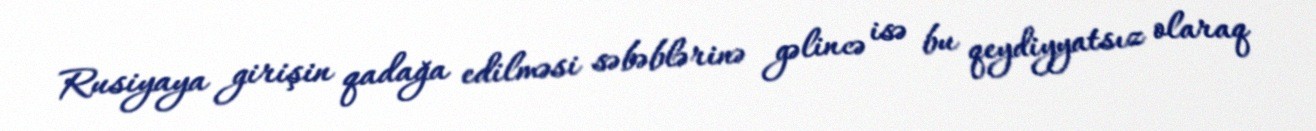
Rusiyaya girişin qadağa edilməsi səbəblərinə gəlincə isə bu qeydiyyatsız olaraq